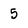
Character: 5